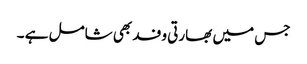
جس میں بھارتی وفد بھی شامل ہے ۔